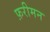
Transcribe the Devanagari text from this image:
फ़रीमन